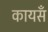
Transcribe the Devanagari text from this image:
कायसँ